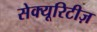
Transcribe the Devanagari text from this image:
सेक्यूरिटीज़